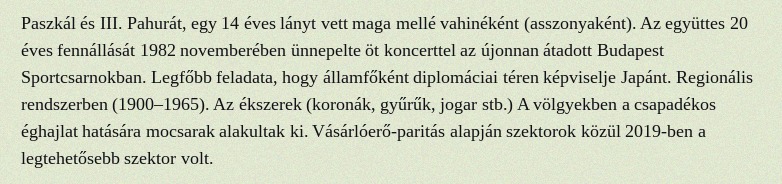
Paszkál és III. Pahurát, egy 14 éves lányt vett maga mellé vahinéként (asszonyaként). Az együttes 20 éves fennállását 1982 novemberében ünnepelte öt koncerttel az újonnan átadott Budapest Sportcsarnokban. Legfőbb feladata, hogy államfőként diplomáciai téren képviselje Japánt. Regionális rendszerben (1900–1965). Az ékszerek (koronák, gyűrűk, jogar stb.) A völgyekben a csapadékos éghajlat hatására mocsarak alakultak ki. Vásárlóerő-paritás alapján szektorok közül 2019-ben a legtehetősebb szektor volt.